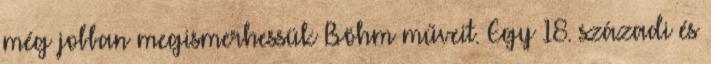
még jobban megismerhessük Böhm műveit. Egy 18. századi és